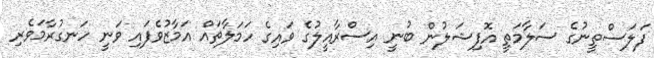
ފަލަސްތީނުގެ ސަލާމަތީ އޮފިޝަލުން ބުނީ އިސްރާއީލުގެ ވައިގެ ހަމަލާތައް އަމާޒުވެފައި ވަނީ ހަނގުރާމަވެރި